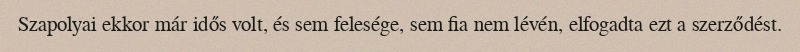
Szapolyai ekkor már idős volt, és sem felesége, sem fia nem lévén, elfogadta ezt a szerződést.